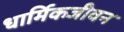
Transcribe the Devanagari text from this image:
धार्मिकजीवन